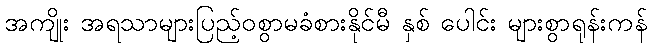
အကျိုး အရသာများပြည့်ဝစွာမခံစားနိုင်မီ နှစ် ပေါင်း များစွာရုန်းကန်